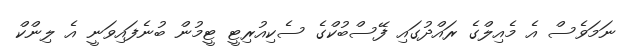
ނަމަވެސް އެ މެއިލްގެ ރައްދުގައި ފޭސްބުކްގެ ސެކިއުރިޓީ ޓީމުން ބުނެފައިވަނީ އެ ލިންކް